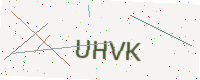
Text: UHVK